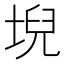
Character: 堄